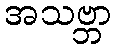
အသဗ္ဘာ